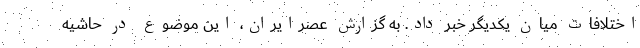
اختلافات میان یکدیگر خبر داد. به گزارش عصرایران، این موضوع در حاشیه